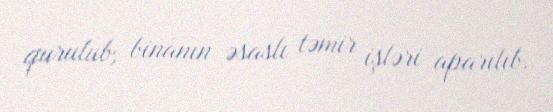
qurulub, binanın əsaslı təmir işləri aparılıb.